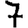
Digit: 7